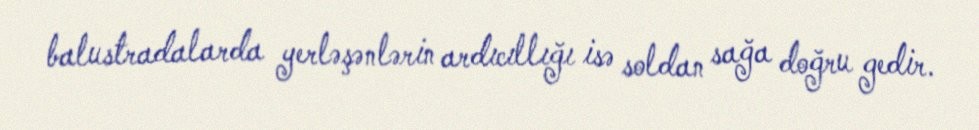
balustradalarda yerləşənlərin ardıcıllığı isə soldan sağa doğru gedir.